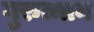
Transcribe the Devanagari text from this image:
गुरुत्मान